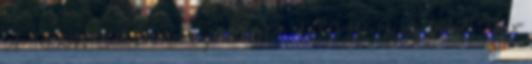
A-1650W elektromos grillsütő, 1650 W, Üveg fedél, 35 x